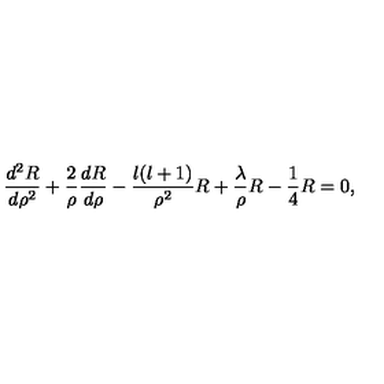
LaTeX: \frac { d ^ { 2 } R } { d \rho ^ { 2 } } + \frac { 2 } { \rho } \frac { d R } { d \rho } - \frac { l ( l + 1 ) } { \rho ^ { 2 } } R + \frac { \lambda } { \rho } R - \frac { 1 } { 4 } R = 0 ,